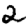
Digit: 2